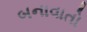
બનાવાતો